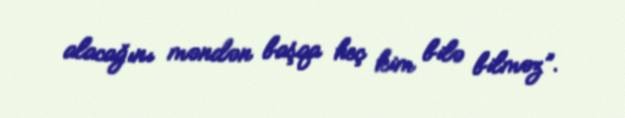
alacağını məndən başqa heç kim bilə bilməz”.